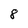
Character: 8